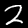
Digit: 2